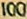
100